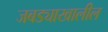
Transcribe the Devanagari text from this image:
जबड्याखालील